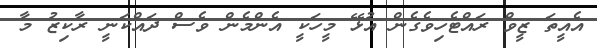
އެއީތަ ޒީވް ރައްޓެހިވެގެން އުޅޭ މީހަކީ އެންމެން ވެސް ދައްކަނީ ރާކިޒު މާ